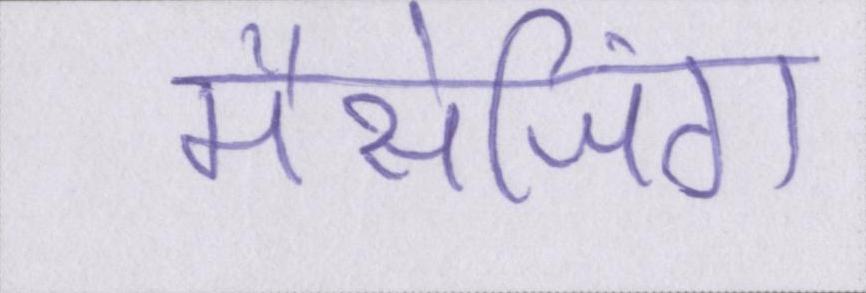
मैसेजिंग